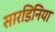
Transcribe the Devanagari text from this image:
सारडिनिया